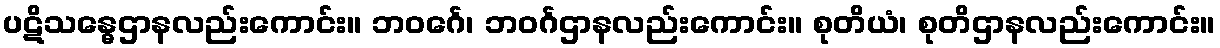
ပဋိသန္ဓေဌာနလည်းကောင်း။ ဘဝင်္ဂေ၊ ဘဝင်္ဂဌာနလည်းကောင်း။ စုတိယံ၊ စုတိဌာနလည်းကောင်း။